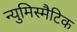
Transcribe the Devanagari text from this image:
न्युमिस्मैटिक